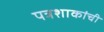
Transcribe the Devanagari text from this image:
पत्रशाकांची